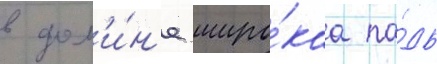
в дол'и́н'е широ́каа па́дь